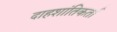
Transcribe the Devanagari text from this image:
दाहशांतिकर्ता